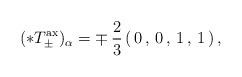
LaTeX: \begin{align*}(*T^\mathrm{ax}_\pm)_\alpha=\mp\,\frac23\,(\,0\,,\,0\,,\,1\,,\,1\,)\,,\end{align*}